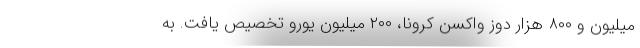
میلیون و ۸۰۰ هزار دوز واکسن کرونا، ۲۰۰ میلیون یورو تخصیص یافت. به